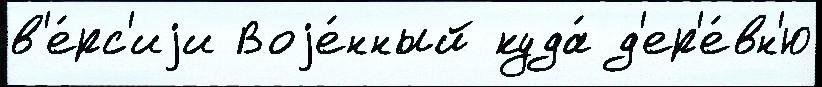
в'е́рс'иjи Воjе́нный куда́ д'ер'е́вн'ю